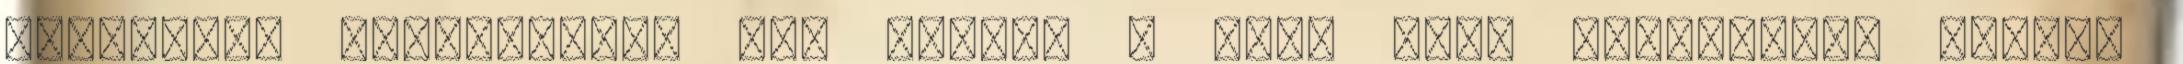
irányítás lehetősége, ami ezeket a Feng Shui energiákat illeti